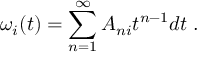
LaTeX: \omega _ { i } ( t ) = \sum _ { n = 1 } ^ { \infty } A _ { n i } t ^ { n - 1 } d t \; .